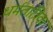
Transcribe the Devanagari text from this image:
धर्मतांत्रिक